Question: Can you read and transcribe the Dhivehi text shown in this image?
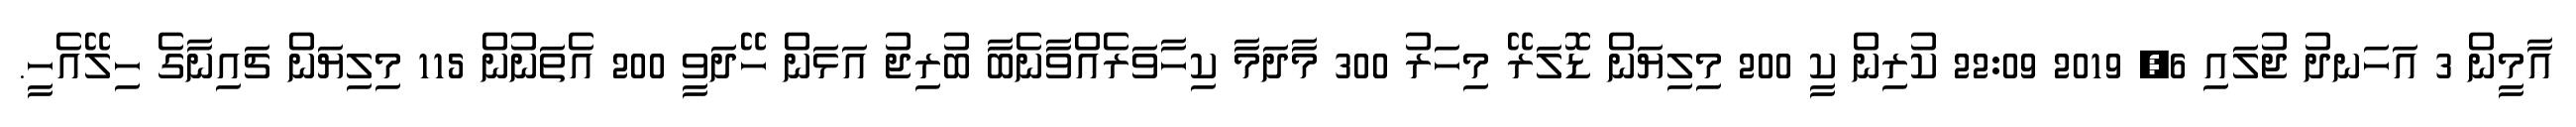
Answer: އާމީން 3 އަހަނދު ޖުލައި 6, 2019 22:09 ކުރިން ކީ 200 މިލިޔަން ޑޮލަރޭ މިހަރު 300 މާދަމާ ކިހާވަރެއްވާނެބާ ބުރިޖު އަޅަން ހޭދަވީ 200 އެތަނުން 115 މިލިޔަން ޗައިނާގެ ހިލޭއެހީ.